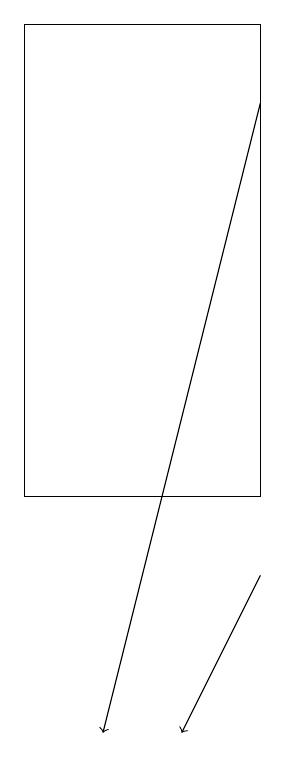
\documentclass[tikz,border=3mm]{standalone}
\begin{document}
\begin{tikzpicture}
\draw (6,13) rectangle (9,19);
\draw[->] (9,18) -- (7,10);
\draw[->] (9,12) -- (8,10);
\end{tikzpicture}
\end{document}